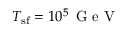
T _ { \mathrm { s f } } = 1 0 ^ { 5 } \, \textrm { G e V }